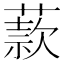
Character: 䕀